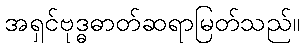
အရှင်ဗုဒ္ဓဓာတ်ဆရာမြတ်သည်။